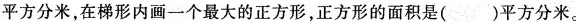
平方分米，在梯形内画一个最大的正方形，正方形的面积是( )平方分米。